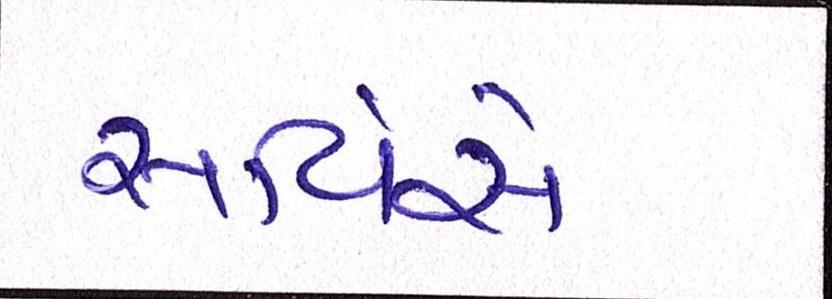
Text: સર્વિસે